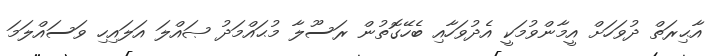
އާޙިރަތް ދުވަހަށް އީމާންވުމަކީ އެދުވަހާއި ބެހޭގޮތުން ރަސޫލާ މުޙައްމަދު ޞައްލަ އަލައިހި ވަސައްލަމަ